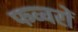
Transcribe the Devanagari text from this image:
फव्‍वरों